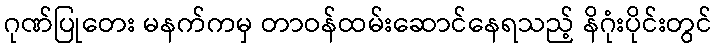
ဂုဏ်ပြုတေး မနက်ကမှ တာဝန်ထမ်းဆောင်နေရသည့် နိဂုံးပိုင်းတွင်